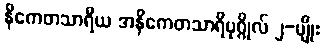
နိကေတသာရီယ အနိကေတသာရီပုဂ္ဂိုလ် ၂-မျိုး